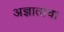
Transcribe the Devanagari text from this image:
अज्ञाताचा